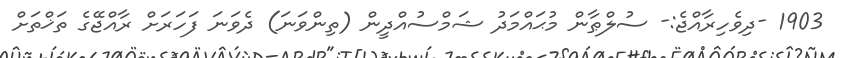
1903 -ދިވެހިރާއްޖެ:- ސުލްޠާން މުޙައްމަދު ޝަމްސުއްދީން (ތިންވަނަ) ދެވަނަ ފަހަރަށް ރާއްޖޭގެ ތަޚްތަށް